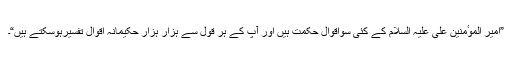
”امیر الموٴمنین علی علیہ السلام کے کئی سواقوالِ حکمت ہیں اور آپ کے ہر قول سے ہزار ہزار حکیمانہ اقوال تفسیرہوسکتے ہیں“۔